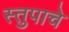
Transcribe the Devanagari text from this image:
स्तुपाचे